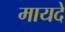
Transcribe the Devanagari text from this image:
मायदे